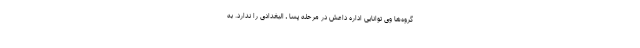
گروه‌ها وی توانایی اداره داعش در مرحله پسا ـ البغدادی را ندارد. به